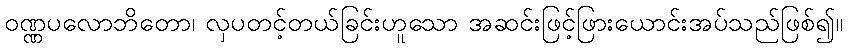
ဝဏ္ဏပလောဘိတော၊ လှပတင့်တယ်ခြင်းဟူသော အဆင်းဖြင့်ဖြားယောင်းအပ်သည်ဖြစ်၍။